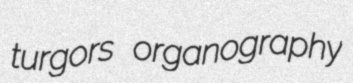
turgors organography